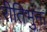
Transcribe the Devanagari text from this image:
रीतिभुक्त